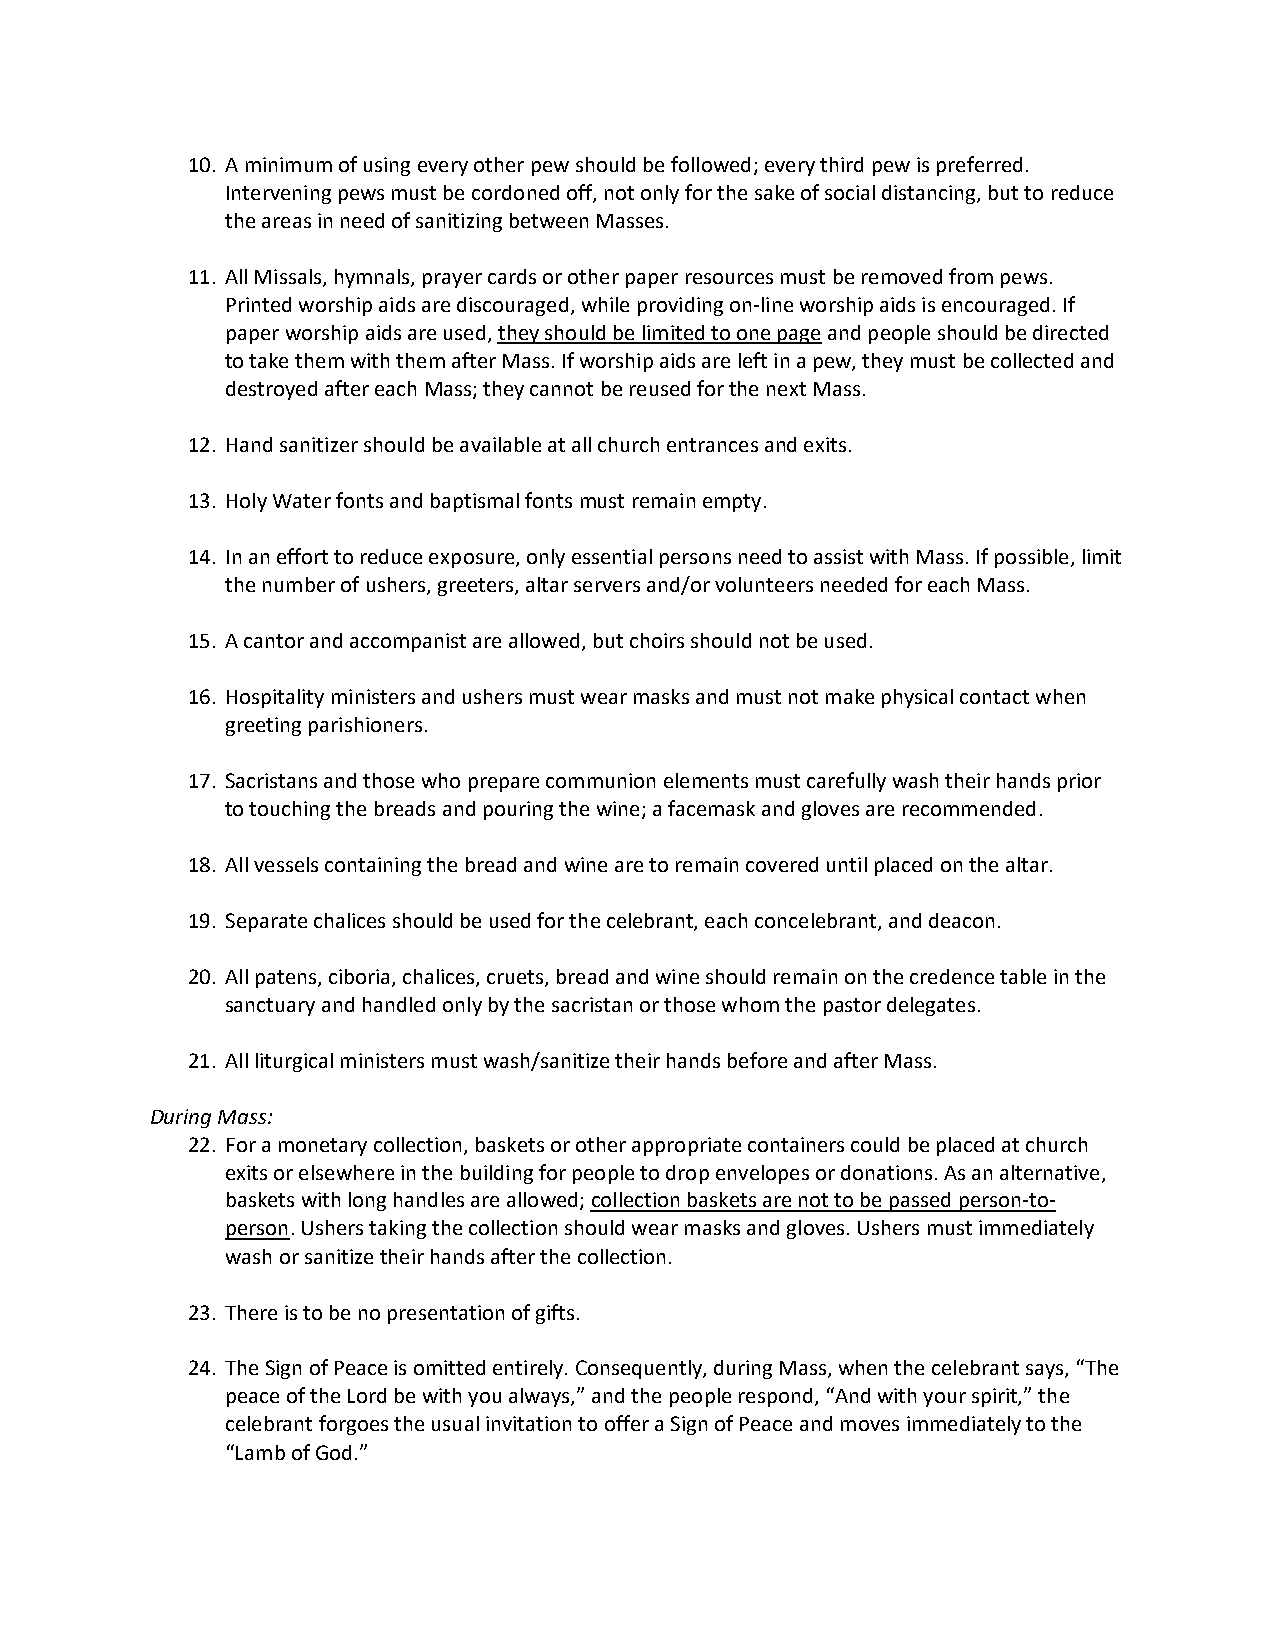
10. A minimum of using every other pew should be followed; every third pew is preferred.
 Intervening pews must be cordoned off, not only for the sake of social distancing, but to reduce
 the areas in need of sanitizing between Masses.
 11. All Missals, hymnals, prayer cards or other paper resources must be removed from pews.
 Printed worship aids are discouraged, while providing on-line worship aids is encouraged. If
 paper worship aids are used, they should be limited to one page and people should be directed
 to take them with them after Mass. If worship aids are left in a pew, they must be collected and
 destroyed after each Mass; they cannot be reused for the next Mass.
 12. Hand sanitizer should be available at all church entrances and exits.
 13. Holy Water fonts and baptismal fonts must remain empty.
 14. In an effort to reduce exposure, only essential persons need to assist with Mass. If possible, limit
 the number of ushers, greeters, altar servers and/or volunteers needed for each Mass.
 15. A cantor and accompanist are allowed, but choirs should not be used.
 16. Hospitality ministers and ushers must wear masks and must not make physical contact when
 greeting parishioners.
 17. Sacristans and those who prepare communion elements must carefully wash their hands prior
 to touching the breads and pouring the wine; a facemask and gloves are recommended.
 18. All vessels containing the bread and wine are to remain covered until placed on the altar.
 19. Separate chalices should be used for the celebrant, each concelebrant, and deacon.
 20. All patens, ciboria, chalices, cruets, bread and wine should remain on the credence table in the
 sanctuary and handled only by the sacristan or those whom the pastor delegates.
 21. All liturgical ministers must wash/sanitize their hands before and after Mass.
 During Mass:
 22. For a monetary collection, baskets or other appropriate containers could be placed at church
 exits or elsewhere in the building for people to drop envelopes or donations. As an alternative,
 baskets with long handles are allowed; collection baskets are not to be passed person-to-
 person. Ushers taking the collection should wear masks and gloves. Ushers must immediately
 wash or sanitize their hands after the collection.
 23. There is to be no presentation of gifts.
 24. The Sign of Peace is omitted entirely. Consequently, during Mass, when the celebrant says, “The
 peace of the Lord be with you always,” and the people respond, “And with your spirit,” the
 celebrant forgoes the usual invitation to offer a Sign of Peace and moves immediately to the
 “Lamb of God.”